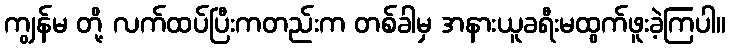
ကျွန်မ တို့ လက်ထပ်ပြီးကတည်းက တစ်ခါမှ အနားယူခရီးမထွက်ဖူးခဲ့ကြပါ။